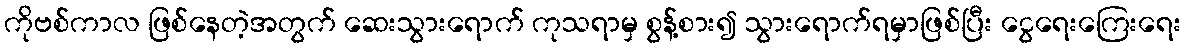
ကိုဗစ်ကာလ ဖြစ်နေတဲ့အတွက် ဆေးသွားရောက် ကုသရာမှ စွန့်စား၍ သွားရောက်ရမှာဖြစ်ပြီး ငွေရေးကြေးရေး